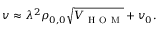
v \approx \lambda ^ { 2 } \rho _ { 0 , 0 } \sqrt { V _ { \mathrm { ~ H ~ O ~ M ~ } } } + v _ { 0 } .